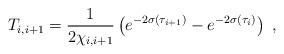
\begin{align*}T_{i, i+1} = {1 \over\displaystyle {2 \chi_{i, i+1}}} \left( e^{-2 \sigma (\tau_{i+1})} - e^{-2 \sigma (\tau_i)} \right) ~,~ \,\end{align*}